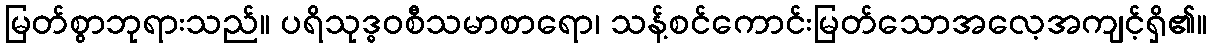
မြတ်စွာဘုရားသည်။ ပရိသုဒ္ဓဝစီသမာစာရော၊ သန့်စင်ကောင်းမြတ်သောအလေ့အကျင့်ရှိ၏။